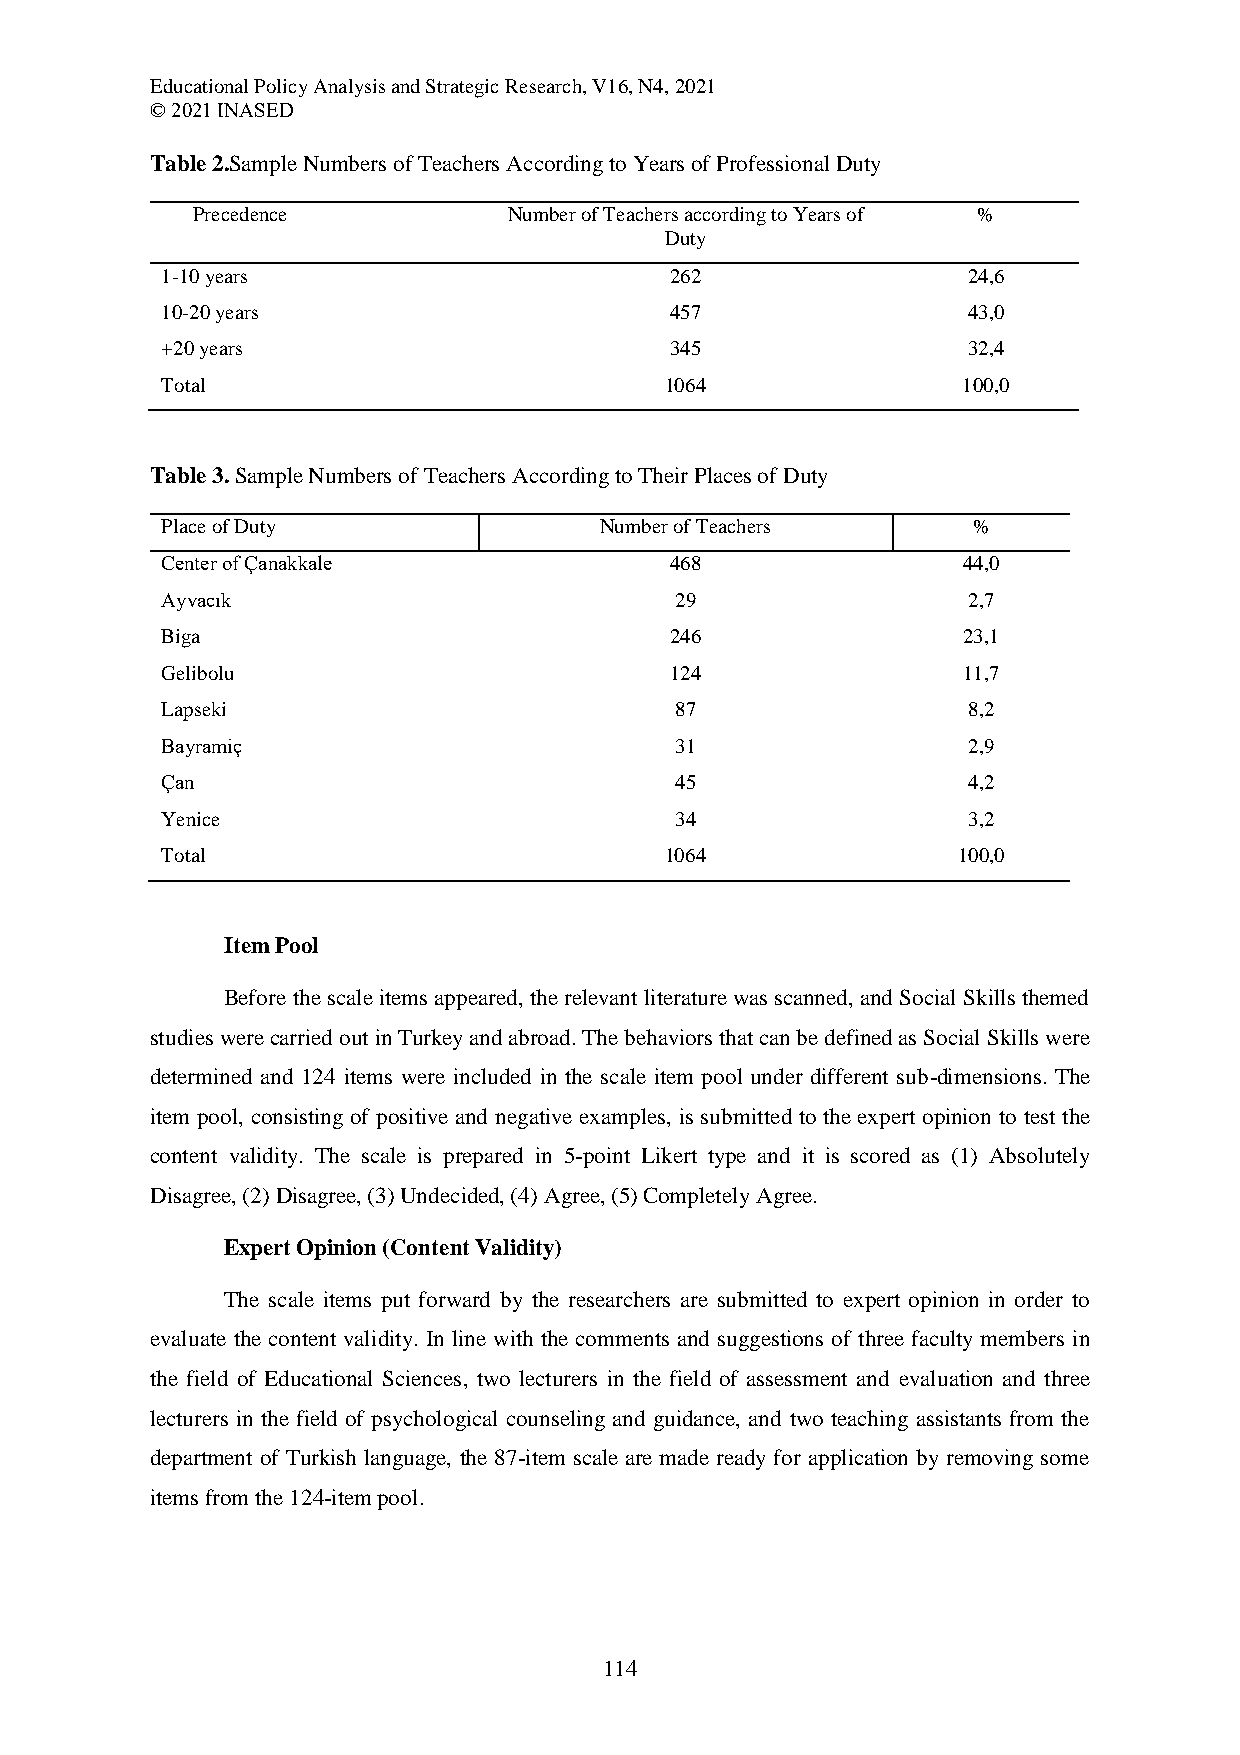
Educational Policy Analysis and Strategic Research, V16, N4, 2021
 © 2021 INASED
 Table 2.Sample Numbers of Teachers According to Years of Professional Duty
 Precedence           Number of Teachers according to Years of %
 Duty
 1-10 years                       262                 24,6
 10-20 years                      457                 43,0
 +20 years                        345                 32,4
 Total                            1064                100,0
 Table 3. Sample Numbers of Teachers According to Their Places of Duty
 Place of Duty                Number of Teachers      %
 Center of Çanakkale              468                 44,0
 Ayvacık                           29                 2,7
 Biga                             246                 23,1
 Gelibolu                         124                 11,7
 Lapseki                           87                 8,2
 Bayramiç                          31                 2,9
 Çan                               45                 4,2
 Yenice                            34                 3,2
 Total                            1064               100,0
 Item Pool
 Before the scale items appeared, the relevant literature was scanned, and Social Skills themed
 studies were carried out in Turkey and abroad. The behaviors that can be defined as Social Skills were
 determined and 124 items were included in the scale item pool under different sub-dimensions. The
 item pool, consisting of positive and negative examples, is submitted to the expert opinion to test the
 content validity. The scale is prepared in 5-point Likert type and it is scored as (1) Absolutely
 Disagree, (2) Disagree, (3) Undecided, (4) Agree, (5) Completely Agree.
 Expert Opinion (Content Validity)
 The scale items put forward by the researchers are submitted to expert opinion in order to
 evaluate the content validity. In line with the comments and suggestions of three faculty members in
 the field of Educational Sciences, two lecturers in the field of assessment and evaluation and three
 lecturers in the field of psychological counseling and guidance, and two teaching assistants from the
 department of Turkish language, the 87-item scale are made ready for application by removing some
 items from the 124-item pool.
 114